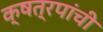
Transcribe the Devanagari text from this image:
क्षत्रपांची